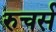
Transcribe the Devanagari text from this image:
रुचर्स